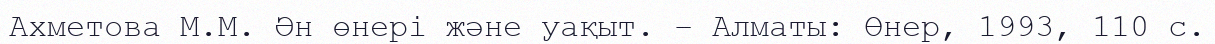
Ахметова М.М. Ән өнері және уақыт. – Алматы: Өнер, 1993, 110 с.